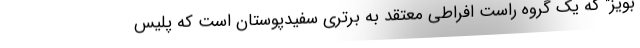
بویز" که یک گروه راست افراطی معتقد به برتری سفیدپوستان است که پلیس